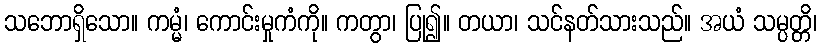
သဘောရှိသော။ ကမ္မံ၊ ကောင်းမှုကံကို။ ကတွာ၊ ပြု၍။ တယာ၊ သင်နတ်သားသည်။ အယံ သမ္ပတ္တိ၊